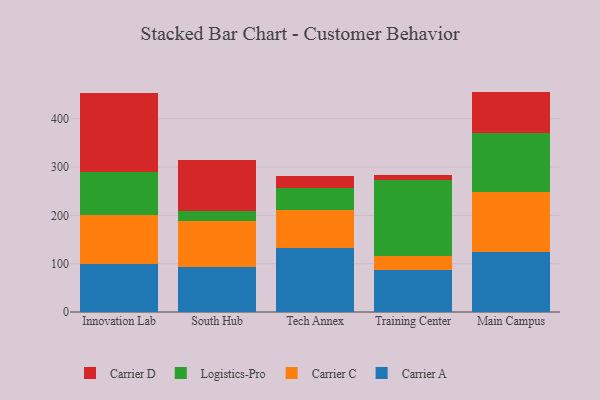
{"axis": {"x": "Campus", "y": "Conversion Rate (%)"}, "legend": ["Carrier A", "Carrier C", "Carrier D", "Logistics-Pro"], "data": [{"x": "Innovation Lab", "y": 98.6, "type": "Carrier A"}, {"x": "Innovation Lab", "y": 102.8, "type": "Carrier C"}, {"x": "Innovation Lab", "y": 88.4, "type": "Logistics-Pro"}, {"x": "Innovation Lab", "y": 163.6, "type": "Carrier D"}, {"x": "South Hub", "y": 93.7, "type": "Carrier A"}, {"x": "South Hub", "y": 94.0, "type": "Carrier C"}, {"x": "South Hub", "y": 21.5, "type": "Logistics-Pro"}, {"x": "South Hub", "y": 104.5, "type": "Carrier D"}, {"x": "Tech Annex", "y": 131.9, "type": "Carrier A"}, {"x": "Tech Annex", "y": 78.9, "type": "Carrier C"}, {"x": "Tech Annex", "y": 46.1, "type": "Logistics-Pro"}, {"x": "Tech Annex", "y": 25.0, "type": "Carrier D"}, {"x": "Training Center", "y": 87.1, "type": "Carrier A"}, {"x": "Training Center", "y": 29.5, "type": "Carrier C"}, {"x": "Training Center", "y": 156.8, "type": "Logistics-Pro"}, {"x": "Training Center", "y": 10.3, "type": "Carrier D"}, {"x": "Main Campus", "y": 125.1, "type": "Carrier A"}, {"x": "Main Campus", "y": 122.4, "type": "Carrier C"}, {"x": "Main Campus", "y": 122.2, "type": "Logistics-Pro"}, {"x": "Main Campus", "y": 86.5, "type": "Carrier D"}]}